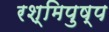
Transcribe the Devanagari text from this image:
रश्मिपुष्प